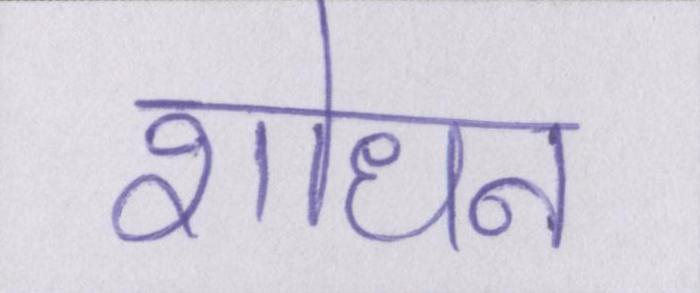
शोधन